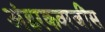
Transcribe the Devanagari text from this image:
अंडरकवरजींस